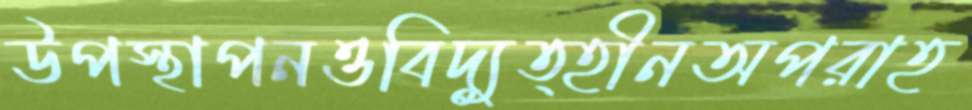
উপস্থাপনওবিদ্যুত্হীনঅপরাহ